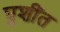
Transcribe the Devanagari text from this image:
घुशींत